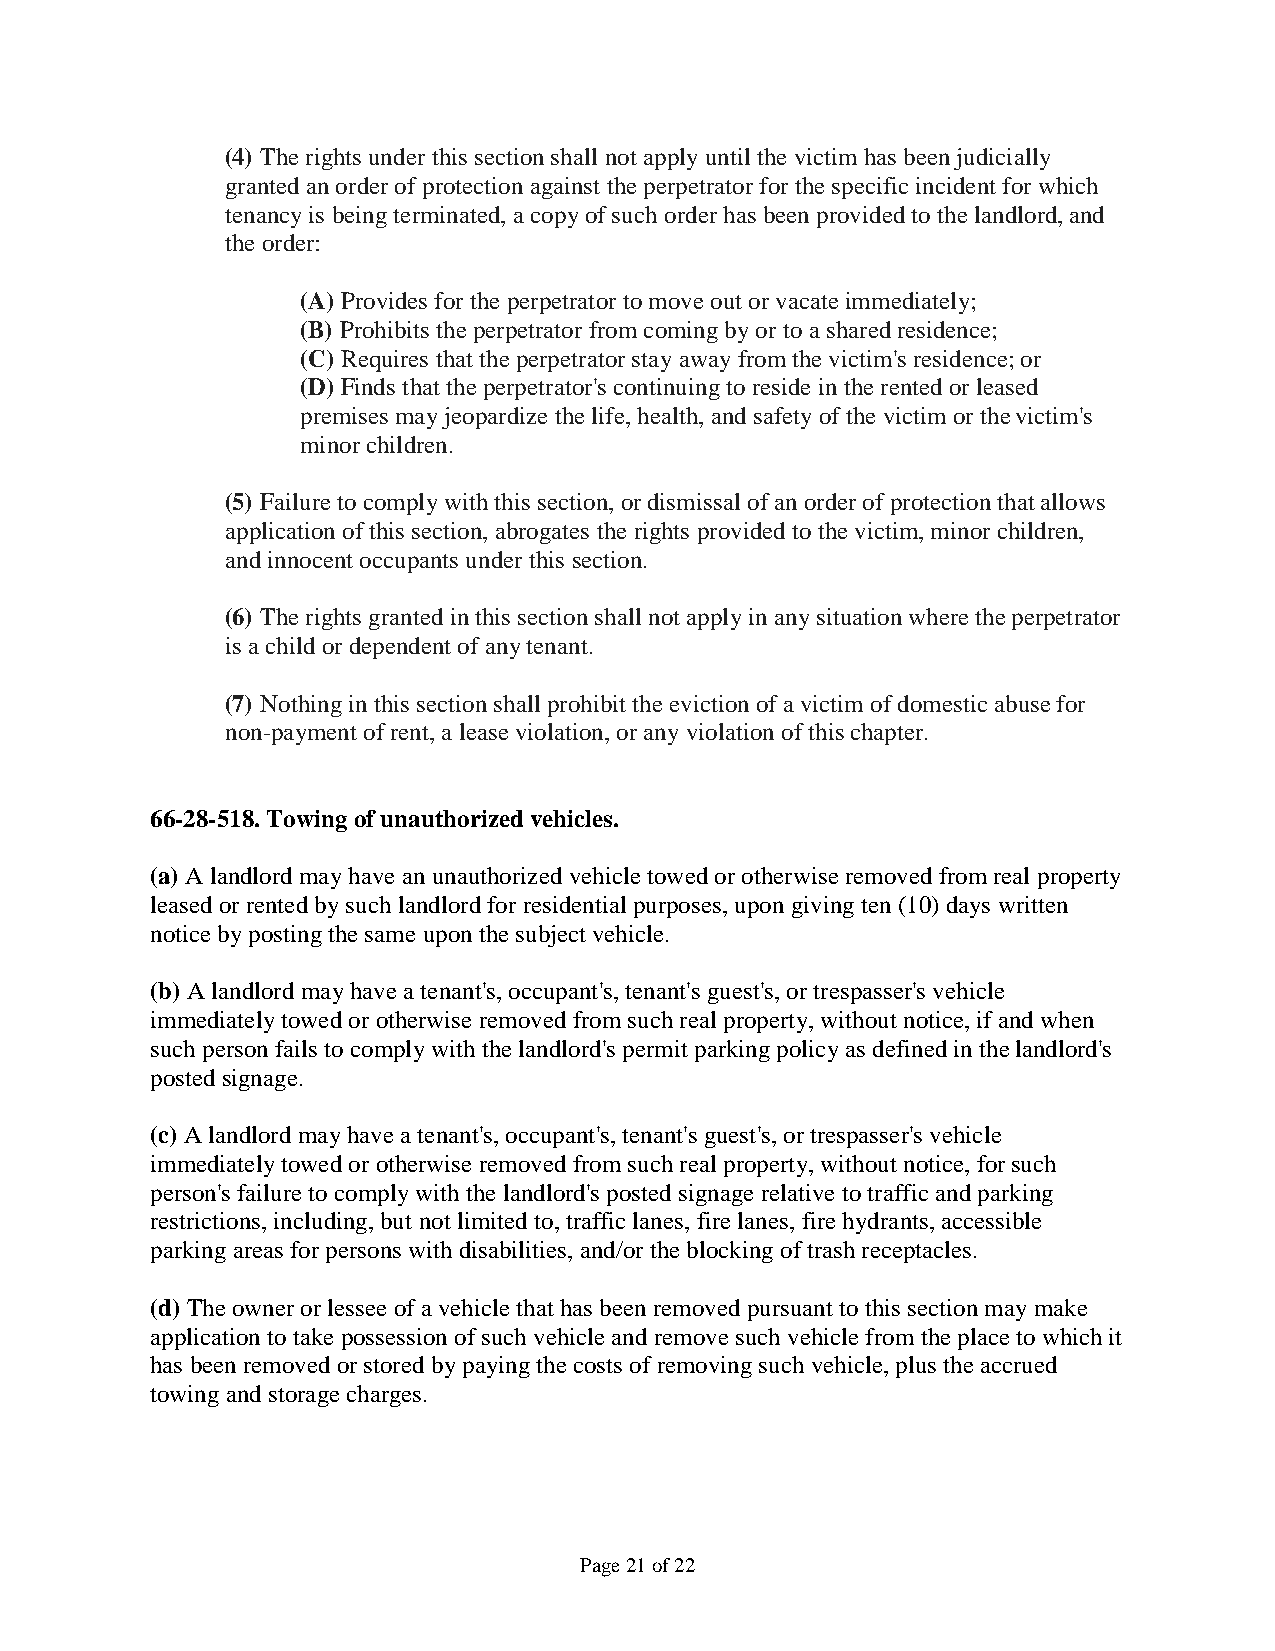
(4) The rights under this section shall not apply until the victim has been judicially
 granted an order of protection against the perpetrator for the specific incident for which
 tenancy is being terminated, a copy of such order has been provided to the landlord, and
 the order:
 (A) Provides for the perpetrator to move out or vacate immediately;
 (B) Prohibits the perpetrator from coming by or to a shared residence;
 (C) Requires that the perpetrator stay away from the victim's residence; or
 (D) Finds that the perpetrator's continuing to reside in the rented or leased
 premises may jeopardize the life, health, and safety of the victim or the victim's
 minor children.
 (5) Failure to comply with this section, or dismissal of an order of protection that allows
 application of this section, abrogates the rights provided to the victim, minor children,
 and innocent occupants under this section.
 (6) The rights granted in this section shall not apply in any situation where the perpetrator
 is a child or dependent of any tenant.
 (7) Nothing in this section shall prohibit the eviction of a victim of domestic abuse for
 non-payment of rent, a lease violation, or any violation of this chapter.
 66-28-518. Towing of unauthorized vehicles.
 (a) A landlord may have an unauthorized vehicle towed or otherwise removed from real property
 leased or rented by such landlord for residential purposes, upon giving ten (10) days written
 notice by posting the same upon the subject vehicle.
 (b) A landlord may have a tenant's, occupant's, tenant's guest's, or trespasser's vehicle
 immediately towed or otherwise removed from such real property, without notice, if and when
 such person fails to comply with the landlord's permit parking policy as defined in the landlord's
 posted signage.
 (c) A landlord may have a tenant's, occupant's, tenant's guest's, or trespasser's vehicle
 immediately towed or otherwise removed from such real property, without notice, for such
 person's failure to comply with the landlord's posted signage relative to traffic and parking
 restrictions, including, but not limited to, traffic lanes, fire lanes, fire hydrants, accessible
 parking areas for persons with disabilities, and/or the blocking of trash receptacles.
 (d) The owner or lessee of a vehicle that has been removed pursuant to this section may make
 application to take possession of such vehicle and remove such vehicle from the place to which it
 has been removed or stored by paying the costs of removing such vehicle, plus the accrued
 towing and storage charges.
 Page 21 of 22